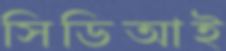
সিডিআই